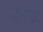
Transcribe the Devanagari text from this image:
सारका